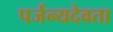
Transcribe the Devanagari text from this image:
पर्जन्यदेवता